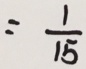
= \frac { 1 } { 1 5 }